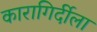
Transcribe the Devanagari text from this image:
कारागिर्दीला